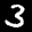
Label: 3